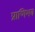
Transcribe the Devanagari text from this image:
प्राणिभव